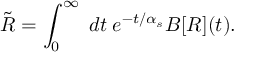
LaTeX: \tilde { R } = \int _ { 0 } ^ { \infty } \; d t \; e ^ { - t / \alpha _ { s } } B [ R ] ( t ) .